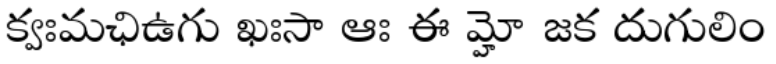
క్వఃమఛిఉగు ఖఃసా ఆః ఈ మ్హో జక దుగులిం